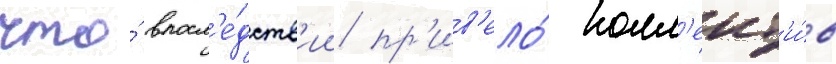
что́ впосл'е́дств'ии пр'ив'ело́ колл'ект'и́в